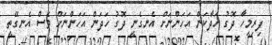
ފިރިމީހާ ދޮގު ހަދާކަން އަހަންނަށް އެނގެނީ ދޮގު ހަދަން އަހަންނަށް ވެސް އެނގޭތީ